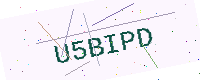
Text: U5BIPD